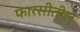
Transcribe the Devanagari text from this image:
फारसीतील